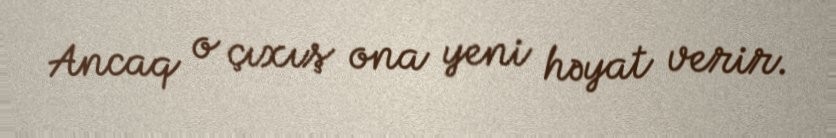
Ancaq o çıxış ona yeni həyat verir.